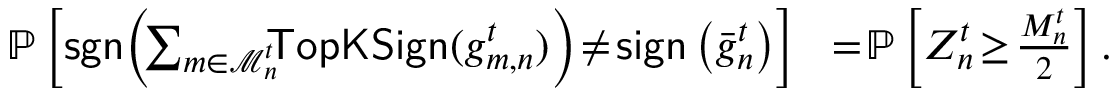
\begin{array} { r l } { \mathbb { P } \left[ { \sf s g n } \! \left( \! \sum _ { m \in \mathcal { M } _ { n } ^ { t } } \! \! \! { \sf T o p K S i g n } ( g _ { m , n } ^ { t } ) \right) \! \neq \! { \sf s i g n } \left( { \bar { g } } _ { n } ^ { t } \right) \right] } & { \! = \! \mathbb { P } \left[ Z _ { n } ^ { t } \! \geq \! \frac { M _ { n } ^ { t } } { 2 } \right] . } \end{array}